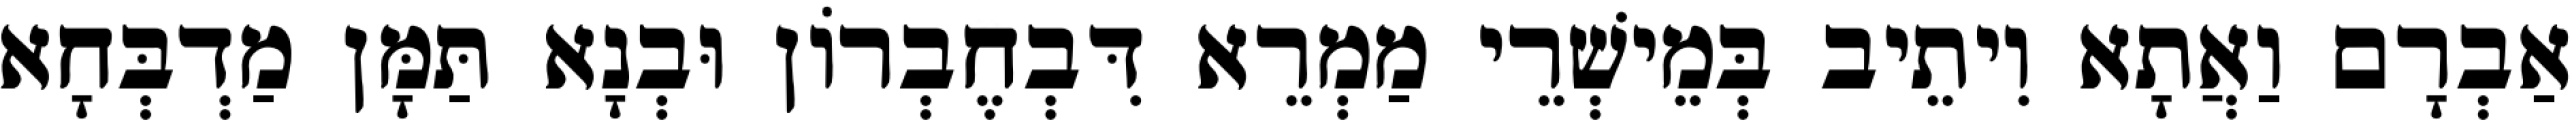
אַבְרָם וַאֲתָא וִיתֵיב בְּמֵישְׁרֵי מַמְרֵא דִּבְחֶבְרוֹן וּבְנָא תַּמָּן מַדְבְּחָא